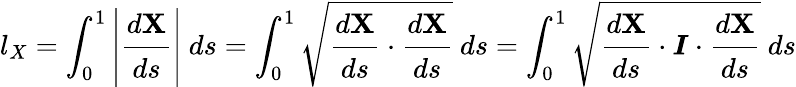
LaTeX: l_{X}=\int_{0}^{1}\left|{\cfrac{d\mathbf{X}}{ds}}\right|~ds=\int_{0}^{1}{\sqrt{{\cfrac{d\mathbf{X}}{ds}}\cdot{\cfrac{d\mathbf{X}}{ds}}}}~ds=\int_{0}^{1}{\sqrt{{\cfrac{d\mathbf{X}}{ds}}\cdot{\boldsymbol{I}}\cdot{\cfrac{d\mathbf{X}}{ds}}}}~ds